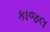
કાજલ